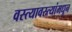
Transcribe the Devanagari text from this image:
वस्त्यावस्त्यांमधून